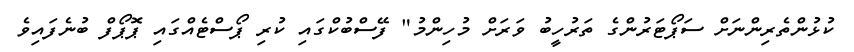
ކުޅުންތެރިންނަށް ސަޕޯޓަރުންގެ ތަރުހީބު ވަރަށް މުހިންމު" ފޭސްބުކްގައި ކުރި ޕޯސްޓެއްގައި ޕޮޕޯފް ބުނެފައިވެ